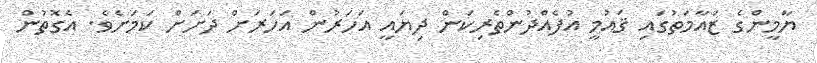
ޔާމީންގެ ޒައާމަތުގައި ޤައުމީ އުފެއްދުންތެރިކަން ދިޔައީ އަހަރުން އަހަރަށް ދަށަށް ކަމަށެވެ. އެގޮތުން